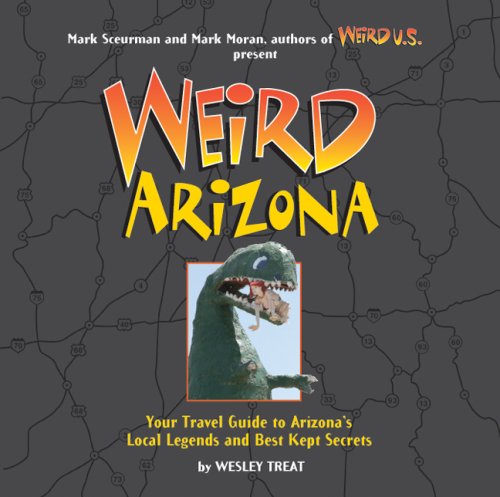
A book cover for Weird Arizona: Your Travel Guide to Arizona's Local Legends and Best Kept Secrets; Wesley Treat; Travel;